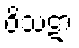
ဝိသဋာ